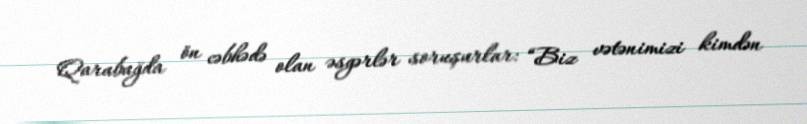
Qarabağda ön cəbhədə olan əsgərlər soruşurlar: “Biz vətənimizi kimdən